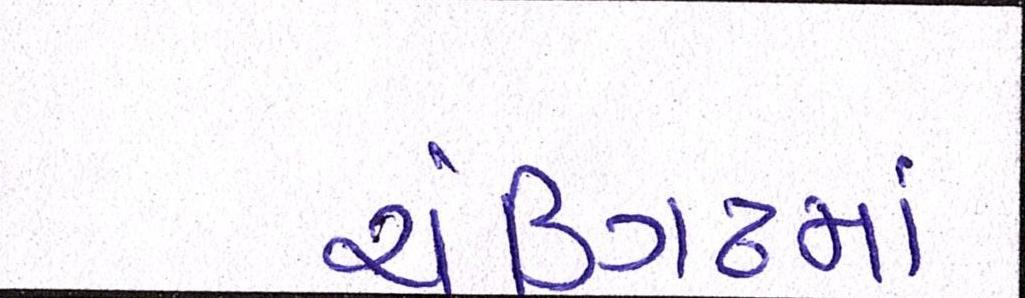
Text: ચંડિગઢમાં